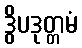
ဒွိပဒုတ္တမံ